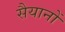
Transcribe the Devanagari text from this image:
सैयानों